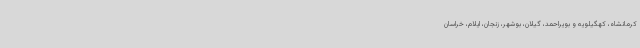
کرمانشاه، کهگیلویه و بویراحمد، گیلان، بوشهر، زنجان، ایلام، خراسان